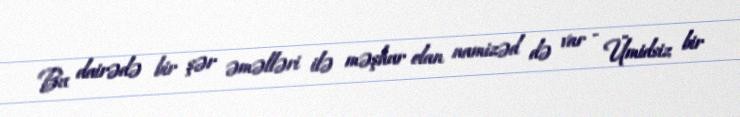
Bu dairədə bir şər əməlləri ilə məşhur olan namizəd də var - Ümidsiz bir